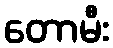
တောမီး